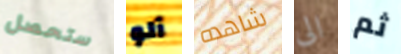
ستحصل آلو شاهده الى ثم